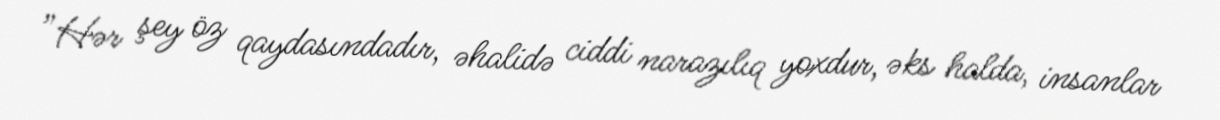
”Hər şey öz qaydasındadır, əhalidə ciddi narazılıq yoxdur, əks halda, insanlar